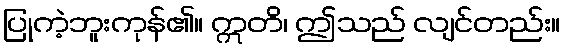
ပြုကဲ့ဘူးကုန်၏။ ဣတိ၊ ဤသည် လျင်တည်း။